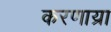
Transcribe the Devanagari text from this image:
करणाय्रा